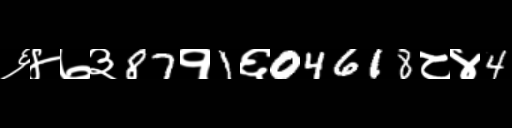
Text: ६४७३87१1६04618८४4